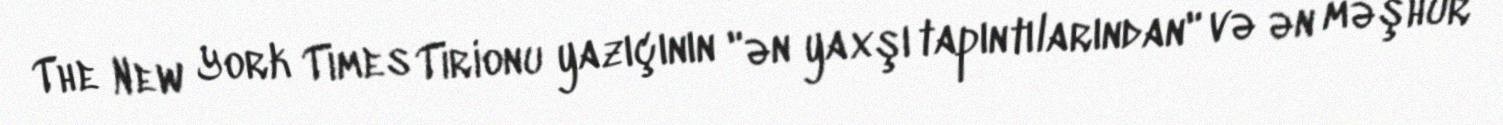
The New York Times Tirionu yazıçının "ən yaxşı tapıntılarından" və ən məşhur